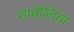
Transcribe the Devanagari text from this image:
शाधीलिया